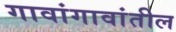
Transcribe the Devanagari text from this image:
गावांगावांतील